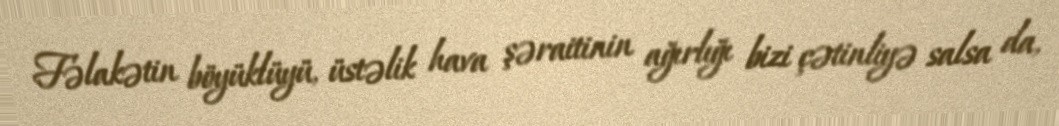
Fəlakətin böyüklüyü, üstəlik hava şəraitinin ağırlığı bizi çətinliyə salsa da,